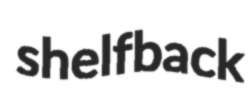
shelfback